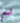
اسم